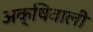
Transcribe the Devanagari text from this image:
अक्षिवाली